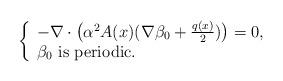
LaTeX: \begin{align*} \left\{\begin{array}{l} -\nabla \cdot \big(\alpha^2 A(x) (\nabla\beta_{0}+\frac{q(x)}{2})\big)=0,\\\beta_{0} \ \hbox{is periodic}.\\\end{array}\right. \end{align*}